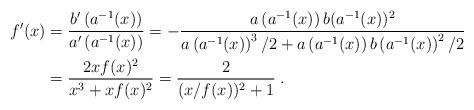
LaTeX: \begin{align*} f'(x) &= \frac{ b' \left( a^{-1}(x) \right) }{ a' \left( a^{-1}(x) \right) } = - \frac{ a \left( a^{-1}(x) \right) b(a^{-1}(x)) ^2 }{ a \left( a^{-1}(x) \right)^3/2 + a \left( a^{-1}(x) \right) b \left( a^{-1}(x) \right)^2/2} \\ &= \frac{2xf(x)^2}{x^3 + xf(x)^2} = \frac{2}{(x/f(x))^2 + 1} \;.\end{align*}